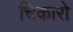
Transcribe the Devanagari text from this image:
चिकारो